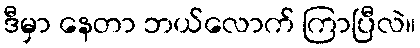
ဒီမှာ နေတာ ဘယ်လောက် ကြာပြီလဲ။